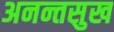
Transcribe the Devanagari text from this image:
अनन्तसुख